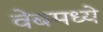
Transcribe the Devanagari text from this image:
वेबमध्ये